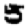
Digit: 5